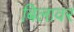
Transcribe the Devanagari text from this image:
बिलावर